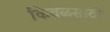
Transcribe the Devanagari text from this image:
किवळसाठी